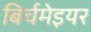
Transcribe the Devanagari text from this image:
बिर्चमेइयर